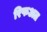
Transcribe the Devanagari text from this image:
रिफअत